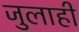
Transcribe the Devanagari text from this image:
जुलाही